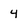
Character: 4